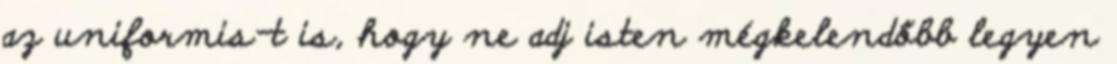
az uniformis-t is, hogy ne adj isten mégkelendőbb legyen